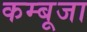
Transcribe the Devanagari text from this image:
कम्बूजा